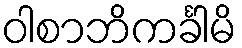
ဝါစာဘိကင်္ခါမိ